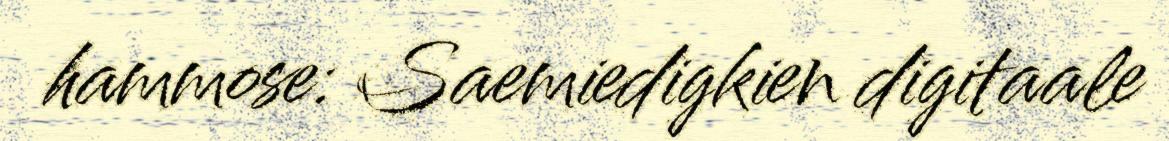
hammose: Saemiedigkien digitaale